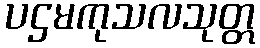
ပဌမကုသလသုတ္တ